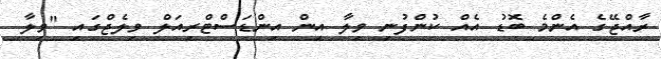
ރާއްޖޭގެ އެންމެ ބޮޑު އެއް ކުންފުނި ވިލާ އިން އިންޑަސްޓްރިއަލް ވިލެޖްގައި "ވިލާ